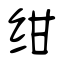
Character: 绀